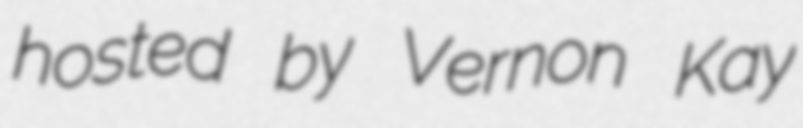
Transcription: hosted by Vernon Kay